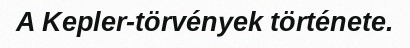
A Kepler-törvények története.